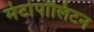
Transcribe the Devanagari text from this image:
मेटोपॉलिटन